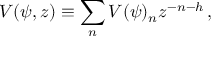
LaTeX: V ( \psi , z ) \equiv \sum _ { n } V ( \psi ) _ { n } z ^ { - n - h } \, ,